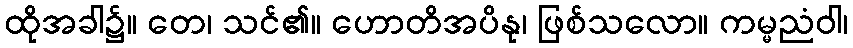
ထိုအခါ၌။ တေ၊ သင်၏။ ဟောတိအပိနု၊ ဖြစ်သလော။ ကမ္မညံဝါ၊